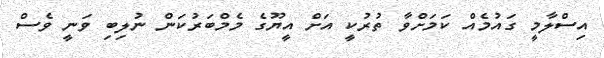
އިސްލާމީ ގައުމެއް ކަމަށްވާ ތުރުކީ އަށް އީޔޫގެ މެމްބަރުކަން ނުލިބި ވަނީ ވެސް